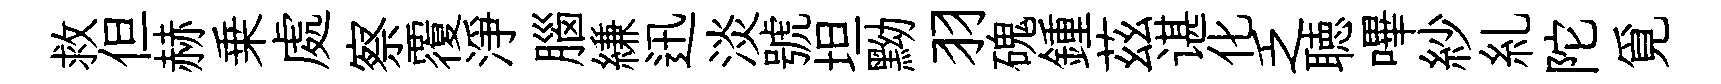
救但赫乗處察覆淨腦縑迅淡號坦黝羽磈鍾茲谌化乏聴嗶紗糺陀覓